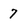
Character: 7